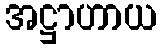
အဋ္ဌာဟာယ